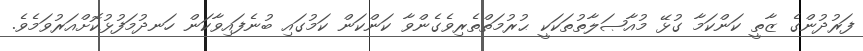
ފަރުދުންގެ ޒާތީ ކަންކަމާ ގުޅޭ މުއާޞަލާތުތަކަކީ ޙުރުމަތްތެރިވެގެންވާ ކަންކަން ކަމުގައި ބުނެފައިވާކަން ހަނދުމަފުޅުކޮށްއަރުވަމެވެ.